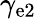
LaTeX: \gamma_{\mathrm{e2}}